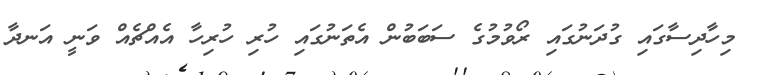
މިހާދިސާގައި ގުދަނުގައި ރޯވުމުގެ ސަބަބުން އެތަނުގައި ހުރި ހުރިހާ އެއްޗެއް ވަނީ އަނދާ